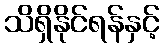
သိရှိနိုင်ရန်နှင့်